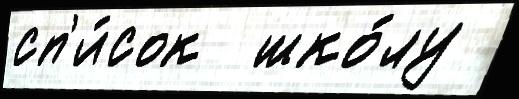
сп'и́сок  шко́лу